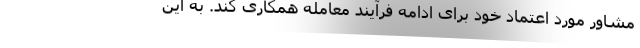
مشاور مورد اعتماد خود برای ادامه فرآیند معامله همکاری کند. به این